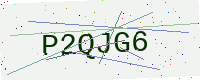
Text: P2QJG6